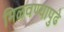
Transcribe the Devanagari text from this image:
मिळवण्यापुढे